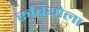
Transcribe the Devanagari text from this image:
रूबियोला